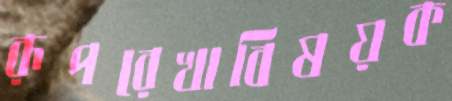
রূপরেখাবিষয়ক